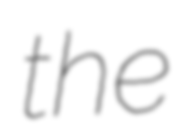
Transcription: the